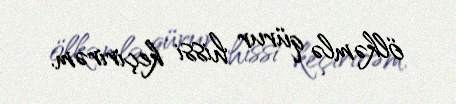
ölkəmlə qürur hissi keçirirəm.